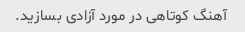
آهنگ کوتاهی در مورد آزادی بسازید.